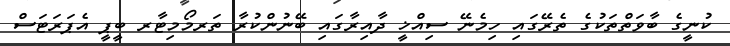
ކުނީގެ ބާވަތްތަކުގެ ތެރޭގައި ހިމެނޭ ސިއްޚީ ދާއިރާގައި ބޭނުންކުރާ ތަރމޯމިޓާރ ބީޕީ އެޕަރަޓަސް